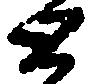
と